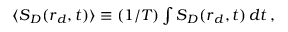
\begin{array} { r } { \langle \boldsymbol { S } _ { D } ( \boldsymbol { r } _ { d } , t ) \rangle \equiv ( 1 / T ) \int \boldsymbol { S } _ { D } ( \boldsymbol { r } _ { d } , t ) \, d t \, , } \end{array}